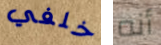
خلفي أنه